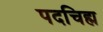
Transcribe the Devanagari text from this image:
पदचिह्म